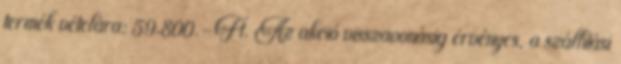
termék vételára: 59.800.-Ft. Az akció visszavonásig érvényes, a szállítási